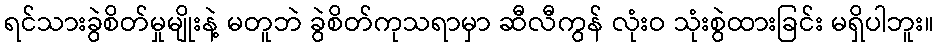
ရင်သားခွဲစိတ်မှုမျိုးနဲ့ မတူဘဲ ခွဲစိတ်ကုသရာမှာ ဆီလီကွန် လုံးဝ သုံးစွဲထားခြင်း မရှိပါဘူး။